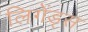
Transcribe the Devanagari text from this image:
लिगेंड्स